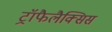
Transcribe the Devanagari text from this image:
ट्रॉफैलैक्सिस